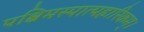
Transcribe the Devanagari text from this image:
पश्चिमस्पात्पहारिकम्।